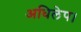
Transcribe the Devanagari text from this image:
अधिलेप।